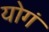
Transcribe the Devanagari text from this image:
योगं